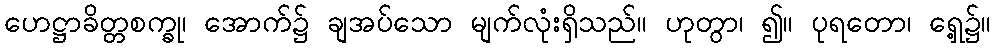
ဟေဋ္ဌာခိတ္တစက္ခု၊ အောက်၌ ချအပ်သော မျက်လုံးရှိသည်။ ဟုတွာ၊ ၍။ ပုရတော၊ ရှေ့၌။